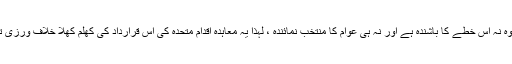
گلگت بلتستا ن کو جس پولٹیکل ایجنٹ کے کنٹرول میں دینے کا تذکرہ موجودہے وہ نہ اس خطے کا باشندہ ہے اور نہ ہی عوام کا منتخب نمائندہ ، لہٰذا یہ معاہدہ اقدام متحدہ کی اس قرارداد کی کھلم کھلا خلاف ورزی تھی جس میں اس خطے کے عوام کیلئے لوکل اتھارٹی کی منظوری دی گئی تھی۔